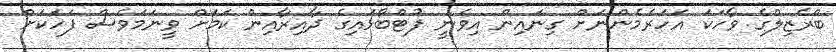
ބްރެޒިލްގެ ވާހަކަ އަހަރެމެންނަށް ގިނައިން އިވެނީ ފުޓްބޯޅައިގެ ދާއިރާއިން ކަމަށް ވީނަމަވެސް ފަހަކަށް